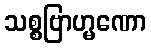
သစ္စဗြာဟ္မဏော